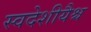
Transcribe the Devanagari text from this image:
स्वदेशीयैश्च